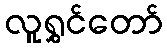
လူရွှင်တော်